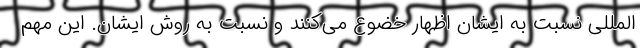
المللی نسبت به ایشان اظهار خضوع می‌کنند و نسبت به روش ایشان. این مهم